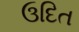
ઉદિત